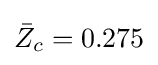
{\bar {Z}}_{c}=0.275